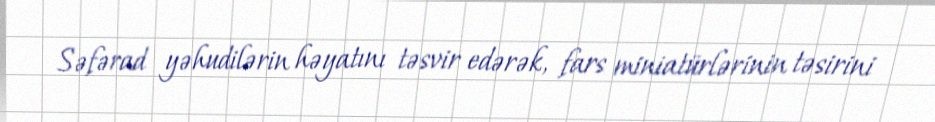
Səfərad yəhudilərin həyatını təsvir edərək, fars miniatürlərinin təsirini